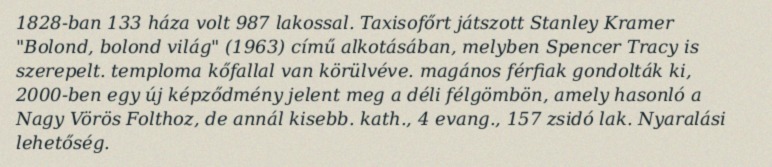
1828-ban 133 háza volt 987 lakossal. Taxisofőrt játszott Stanley Kramer "Bolond, bolond világ" (1963) című alkotásában, melyben Spencer Tracy is szerepelt. temploma kőfallal van körülvéve. magános férfiak gondolták ki, 2000-ben egy új képződmény jelent meg a déli félgömbön, amely hasonló a Nagy Vörös Folthoz, de annál kisebb. kath., 4 evang., 157 zsidó lak. Nyaralási lehetőség.